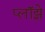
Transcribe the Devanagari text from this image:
प्लॉझ़े